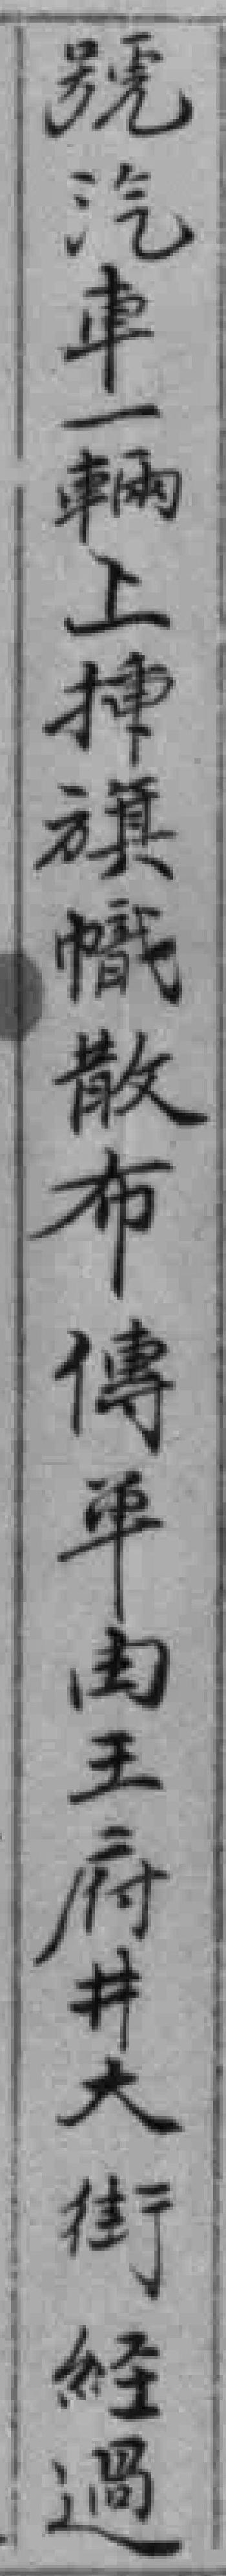
號汽車一輛上挿旗幟散布傳单由王府井大街經過